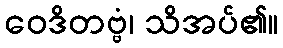
ဝေဒိတဗ္ဗံ၊ သိအပ်၏။